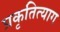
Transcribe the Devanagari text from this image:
प्रकृतित्याग